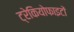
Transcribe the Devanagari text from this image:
ट्रेकियोफाइटों